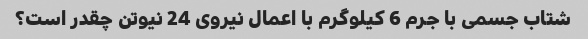
شتاب جسمی با جرم 6 کیلوگرم با اعمال نیروی 24 نیوتن چقدر است؟